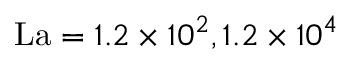
\operatorname { L a } = 1 . 2 \times 1 0 ^ { 2 } , 1 . 2 \times 1 0 ^ { 4 }